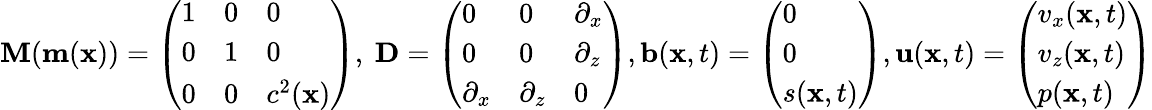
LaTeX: \mathbf{M}(\mathbf{m}(\mathbf{x}))=\left(\begin{array}{lll}{1}&{0}&{0}\\ {0}&{1}&{0}\\ {0}&{0}&{c^{2}(\mathbf{x})}\end{array}\right),~\mathbf{D}=\left(\begin{array}{lll}{0}&{0}&{\partial_{x}}\\ {0}&{0}&{\partial_{z}}\\ {\partial_{x}}&{\partial_{z}}&{0}\end{array}\right),\mathbf{b}(\mathbf{x},t)=\left(\begin{array}{l}{0}\\ {0}\\ {s(\mathbf{x},t)}\end{array}\right),\mathbf{u}(\mathbf{x},t)=\left(\begin{array}{l}{v_{x}(\mathbf{x},t)}\\ {v_{z}(\mathbf{x},t)}\\ {p(\mathbf{x},t)}\end{array}\right)